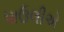
પાઉલીએ